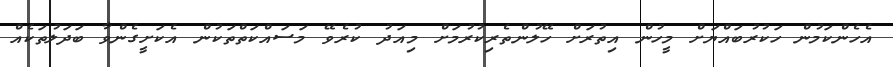
އެހެންކަމުން ހަކުރުބައްޔަށް މީހުން އިތުރަށް ހޭލުންތެރިކުރުމަށް މިއަދު ކުރެވޭ މަސައްކަތްތަކުން އެކަށީގެންވާ ބަދަލުތަކެއް